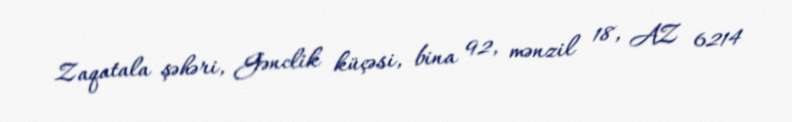
Zaqatala şəhəri, Gənclik küçəsi, bina 92, mənzil 18, AZ 6214